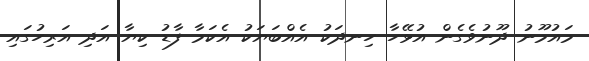
މައުމޫނު ދޫނުވެގެން އުޅޭހާ ހިނދަކު އެއްބަޔަކު އެކަމާ ފާޑު ކިޔާ އަދި އަރިހުގައި